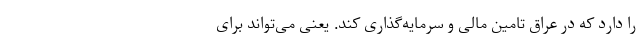
را دارد که در عراق تامین مالی و سرمایه‌گذاری کند. یعنی می‌تواند برای